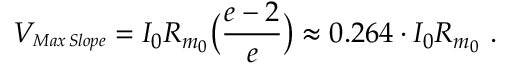
V _ { \substack { \scriptscriptstyle M a x \, S l o p e } } = I _ { 0 } R _ { m _ { 0 } } { \big ( \frac { e - 2 } { e } \big ) } \approx 0 . 2 6 4 \cdot I _ { 0 } R _ { m _ { 0 } } ~ .